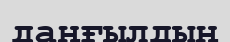
даңғылдың